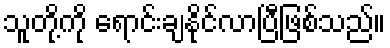
သူတို့ကို ရောင်းချနိုင်လာပြီဖြစ်သည်။